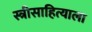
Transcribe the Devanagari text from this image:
स्त्रीसाहित्याला